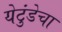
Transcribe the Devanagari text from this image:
येटुंडेचा